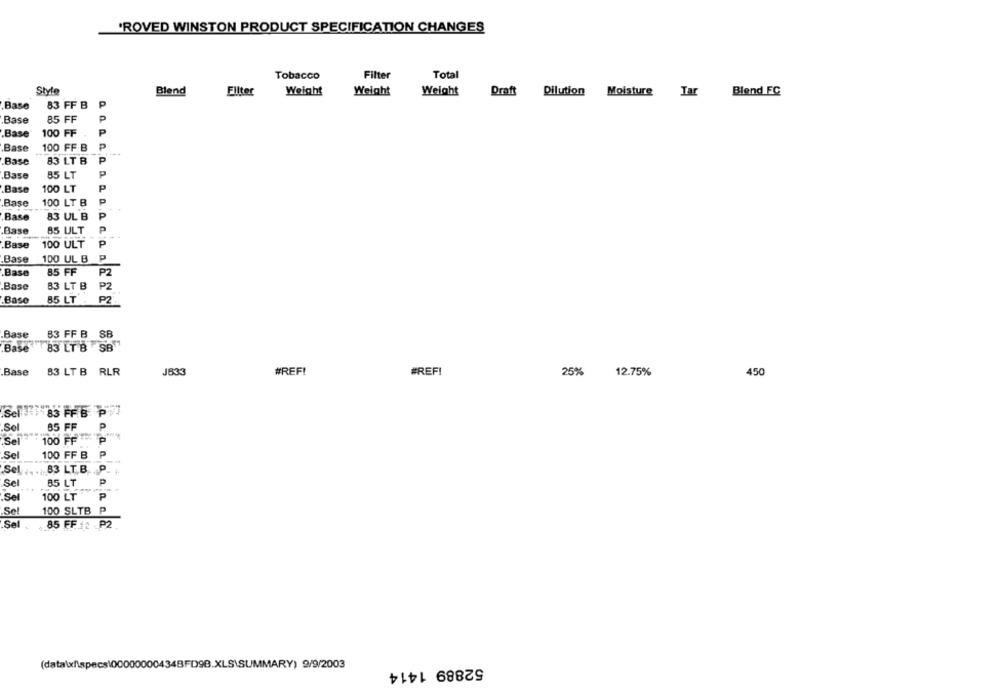
'ROVED WINSTON PRODUCT SPECIFICATION CHANGES
Tobacco
Filter
Total
Style
Blend
Eliter
Weight
Weight
Weight
Draft Dilution Moisture Tar
Blend FC
P
Base
83 FF B
P
Base
85 FF
P
.Base
100 FF
P
Base
100 FF B
.Base
83 LT B
P
P
Base
85 LT
P
Base
100 LT
P
Base
100 LT B
P
.Base
83 UL B
P
Base
85 ULT
P
Base
100 ULT
Base
100 UL B P
P
.Base
85 FF
Base
B3 LT B
PZ
.Base
85 LT
Base
83 FF B SB
Base 83 LT B SB
Base
83 LT B RLR
J833
#REF!
#REF!
25%
12.75%
450
Sel # 83 FF B P
Sel
85 FF
P
Sel
100 FF
Sel
100 FF B
P
Sel - . 83 LT.B
P
Sel
85 LT
P
Sel
100 LT
P
.Sel
100 SLTB
P
Sel
85 FF 2 P2 .
(data\x/.specs\00000000434BFD9B.XLS\SUMMARY) 9/9/2003
52889 1414